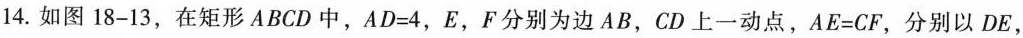
14.如图18-13，在矩形ABCD中，$$AD=4$$，E，F分别为边AB，CD上一动点，$$AE=CF$$，分别以DE，